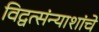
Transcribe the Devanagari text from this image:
विद्वत्संन्याशांचे